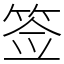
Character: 签